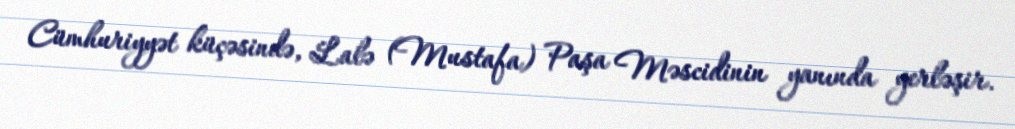
Cümhuriyyət küçəsində, Lalə (Mustafa) Paşa Məscidinin yanında yerləşir.